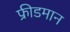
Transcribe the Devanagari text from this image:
फ्रीडमान